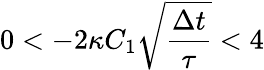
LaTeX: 0<-2\kappa C_{1}\sqrt{\frac{\Delta t}{\tau}}<4